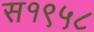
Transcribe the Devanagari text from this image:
स१९५८